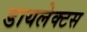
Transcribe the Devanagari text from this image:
डायलेक्टस